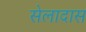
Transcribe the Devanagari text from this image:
सेलादास